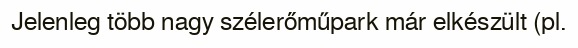
Jelenleg több nagy szélerőműpark már elkészült (pl.